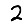
Digit: 2